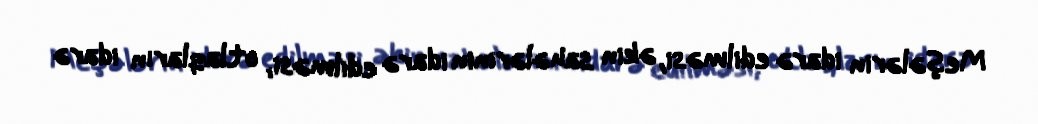
Meşələrin idarə edilməsi, əkin sahələrinin idarə edilməsi, otlaqların idarə